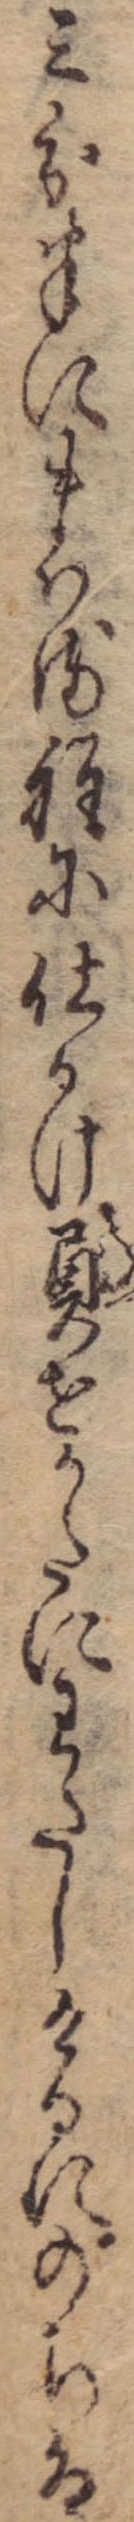
三分半にまはる程に仕かけ負せかたにわたしけるにのちは